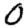
Digit: 0